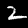
Label: 2